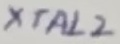
Text: XTAL2